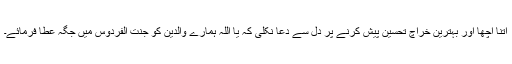
اتنا اچھا اور بہترین خراچ تحسین پیش کرنے پر دل سے دعا نکلی کہ یا اللہ ہمارے والدین کو جنت الفردوس میں جگہ عطا فرمائے۔